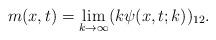
LaTeX: \begin{align*}m(x,t)=\lim_{k \rightarrow \infty} (k\psi (x,t;k))_{12}.\end{align*}